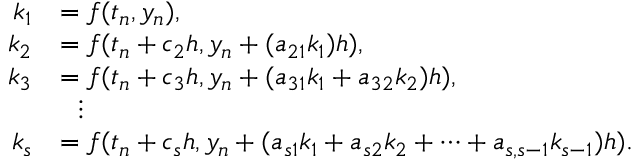
{ \begin{array} { r l } { k _ { 1 } } & { = f ( t _ { n } , y _ { n } ) , } \\ { k _ { 2 } } & { = f ( t _ { n } + c _ { 2 } h , y _ { n } + ( a _ { 2 1 } k _ { 1 } ) h ) , } \\ { k _ { 3 } } & { = f ( t _ { n } + c _ { 3 } h , y _ { n } + ( a _ { 3 1 } k _ { 1 } + a _ { 3 2 } k _ { 2 } ) h ) , } \\ & { \ \ \vdots } \\ { k _ { s } } & { = f ( t _ { n } + c _ { s } h , y _ { n } + ( a _ { s 1 } k _ { 1 } + a _ { s 2 } k _ { 2 } + \cdots + a _ { s , s - 1 } k _ { s - 1 } ) h ) . } \end{array} }